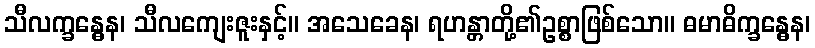
သီလက္ခန္ဓေန၊ သီလကျေးဇူးနှင့်။ အသေခေန၊ ရဟန္တာတို့၏ဥစ္စာဖြစ်သော။ ဓမာဓိက္ခန္ဓေန၊